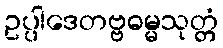
ဥပ္ပါဒေတဗ္ဗဓမ္မသုတ္တံ